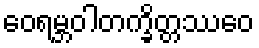
ဝေရမ္ဘဝါတက္ခိတ္တဿေဝ